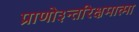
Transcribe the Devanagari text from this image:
प्राणो३न्तरिक्षमात्मा